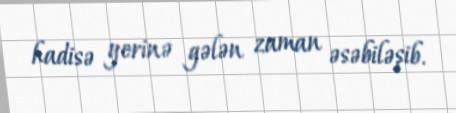
hadisə yerinə gələn zaman əsəbiləşib.